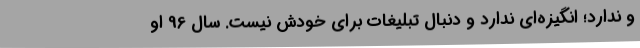
و ندارد؛ انگیزه‌ای ندارد و دنبال تبلیغات برای خودش نیست. سال 96 او